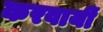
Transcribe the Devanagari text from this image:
करवायीं